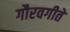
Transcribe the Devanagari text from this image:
गौरवगीते